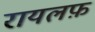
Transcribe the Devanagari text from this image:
रायलफ़